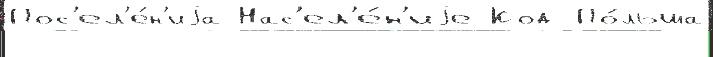
Пос'ел'е́н'иjа Нас'ел'е́н'иjе Код По́льша